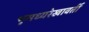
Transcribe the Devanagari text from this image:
भूमध्यरेखावर्ती